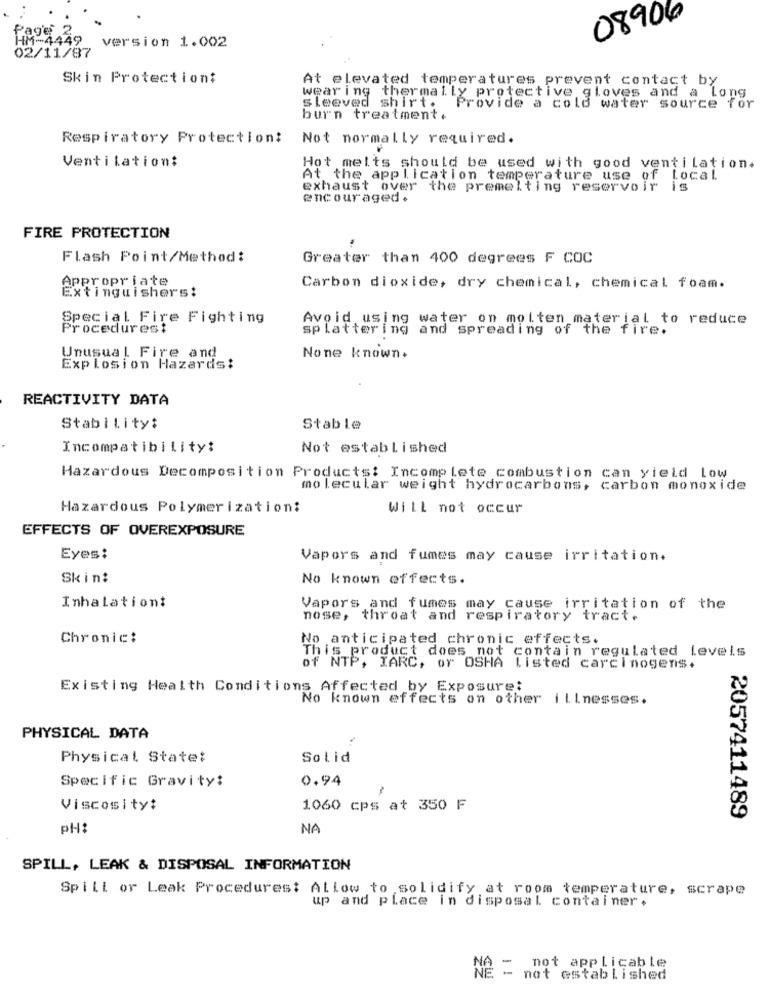
08906
Page 2
HM-4449_ version 1.002
02/11/87
Skin Protection:
At elevated temperatures prevent contact by
wearing thermally protective gloves and a Long
Sleeved shirt. Provide a cold water source for
burn treatment.
Respiratory Protection:
Not normally required.
Ventilation:
Hot melts should be used with good ventilation.
At the application temperature use of local
exhaust over the premelting reservoir is
encouraged.
FIRE PROTECTION
Flash Point/Method:
Greater than 400 degrees F COC
Appropriate
Carbon dioxide, dry chemical, chemical foam.
Extinguishers:
Special Fire Fighting
Avoid using water on molten material to reduce
Procedurest
splattering and spreading of the fire.
Unusual Fire and
None known.
Explosion Hazards:
REACTIVITY DATA
Stability:
Stable
Incompatibility:
Not established
Hazardous Decomposition Products: Incomplete combustion can yield Low
molecular weight hydrocarbons, carbon monoxide
Hazardous Polymerization:
Will not occur
EFFECTS OF OVEREXPOSURE
Eyes:
Vapors and fumes may cause irritation.
Skin:
No known effects.
Inhalation:
Vapors and fumes may cause irritation of the
nose, throat and respiratory tract.
Chronic:
No anticipated chronic effects.
This product does not contain regulated levels
of NTP, IARC, or OSHA Listed carcinogens+
Existing Health Conditions Affected by Exposure:
No known effects on other illnesses.
PHYSICAL DATA
Physical State:
Solid
Specific Gravity:
0.94
Viscosity:
1060 cps at 350 F
2057411489
PH:
NA
SPILL, LEAK & DISPOSAL INFORMATION
Spill or Leak Procedures: Allow to solidify at room temperature, scrape
up and place in disposal container .
if - not applicable
not established